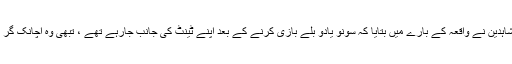
عینی شاہدین نے واقعہ کے بارے میں بتایا کہ سونو یادو بلے بازی کرنے کے بعد اپنے ٹینٹ کی جانب جارہے تھے ، تبھی وہ اچانک گر پڑے ۔